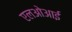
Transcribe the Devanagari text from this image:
एलओआई